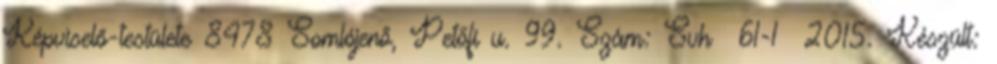
Képviselő-testülete 8478 Somlójenő, Petőfi u. 99. Szám: Svh 61-1 2015. Készült: